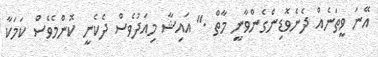
އޭނަ ވީތަނެއް ދެނެވޮޑިންގެންވާނީ މާތް ." އައިޝާ މިއަދުވެސް ދެކެނީ ކޮންމެވެސް ކަމަކާ